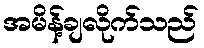
အမိန့်ချလိုက်သည်